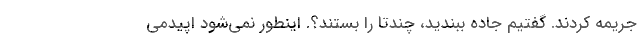
جریمه کردند. گفتیم جاده ببندید، چندتا را بستند؟. اینطور نمی‌شود اپیدمی